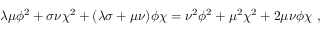
\lambda \mu \phi ^ { 2 } + \sigma \nu \chi ^ { 2 } + ( \lambda \sigma + \mu \nu ) \phi \chi = \nu ^ { 2 } \phi ^ { 2 } + \mu ^ { 2 } \chi ^ { 2 } + 2 \mu \nu \phi \chi ~ ,